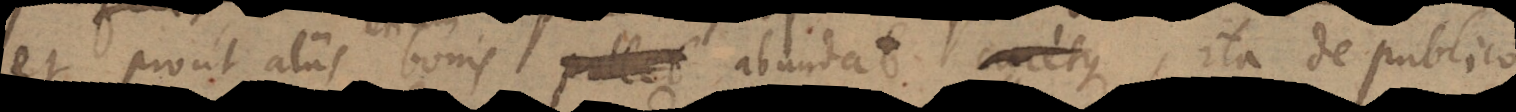
et prout aliis etiam bonis abundat, ita de publico